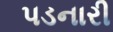
પડનારી